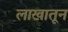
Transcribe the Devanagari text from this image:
लाखातून